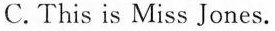
C.This is Miss Jones.